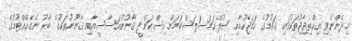
މިދެންނެވި އިޙްތިޖާޖުތަކުގައި ޤައުމުގެ ހަމަޖެހުމާއި ޞުލްޙަމަސަލަސްކަމަށް އިސްކަންދީ ޤާނޫނުއަސާސީއާއި ޤާނޫނުތަކުގެ ބާރު ނެގެހެއްޓުމުގެ